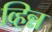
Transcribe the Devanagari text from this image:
व्हिन्न